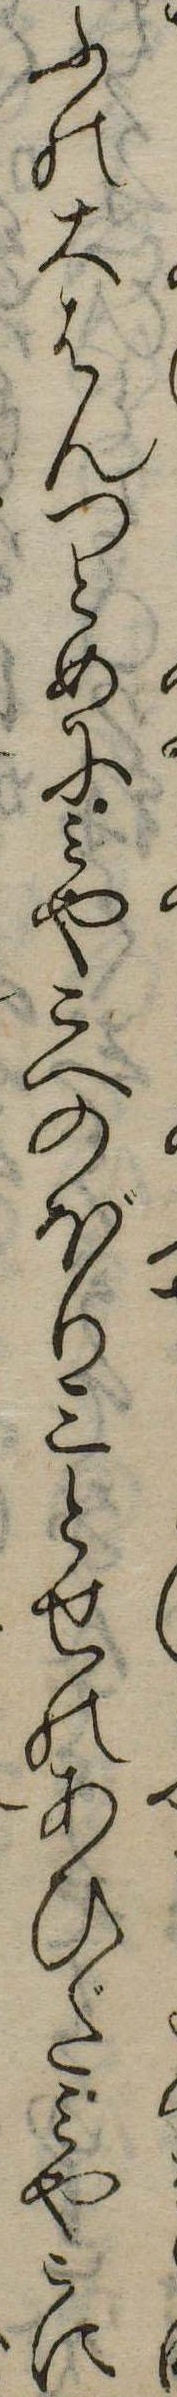
ふの大はんつとめにみやこへのぼり三とせのあひだみやこに